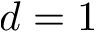
d = 1